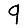
Digit: 9